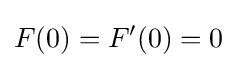
F(0)=F'(0)=0